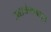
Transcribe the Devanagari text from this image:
उत्सर्जनापासून